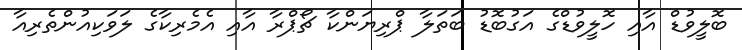
ބޮލީވުޑް އާއި ހޮލީވުޑްގެ އަގުބޮޑު ބަތަލާ ޕްރިޔަންކާ ޗޯޕްރާ އާއި އެމެރިކާގެ ލަވަކިއުންތެރިއާ